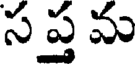
స ప్త మ